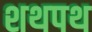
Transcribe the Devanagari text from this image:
शथपथ